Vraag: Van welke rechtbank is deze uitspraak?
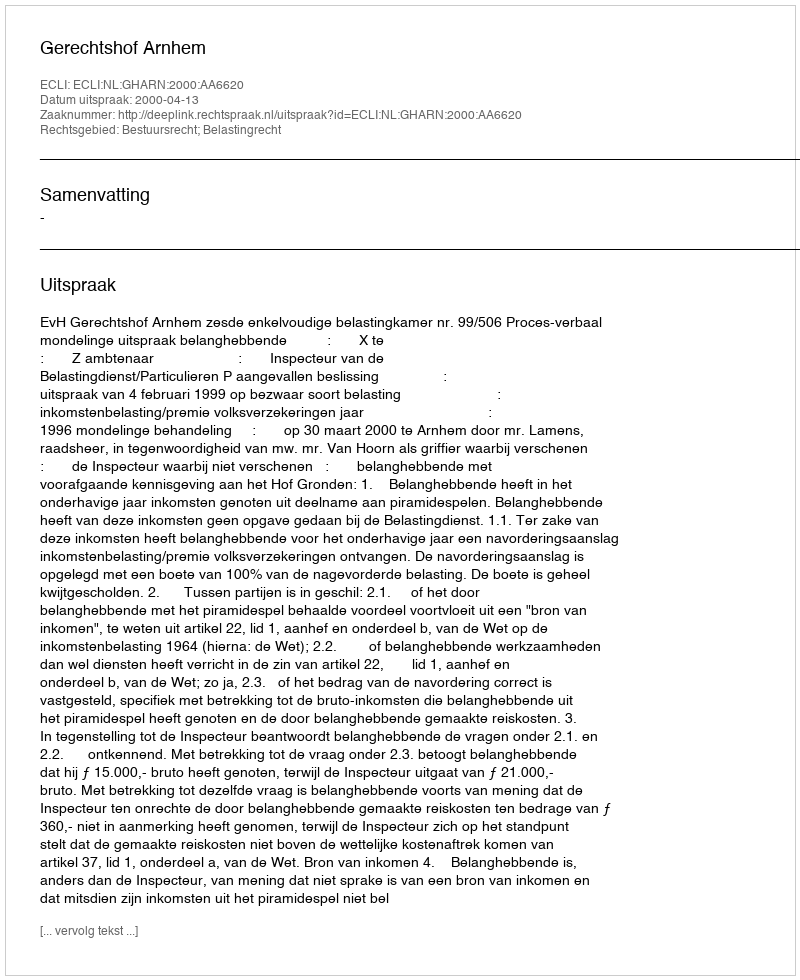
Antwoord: Gerechtshof Arnhem